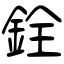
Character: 銓